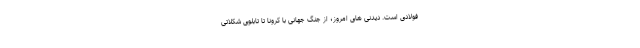
فولادی است. دیدنی های امروز؛ از جنگ جهانی با کرونا تا تابلوی شکلاتی